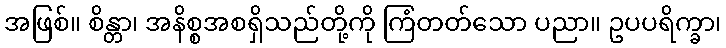
အဖြစ်။ စိန္တာ၊ အနိစ္စအစရှိသည်တို့ကို ကြံတတ်သော ပညာ။ ဥပပရိက္ခာ၊